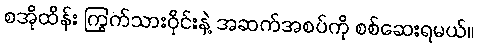
စအိုထိန်း ကြွက်သားဝိုင်းနဲ့ အဆက်အစပ်ကို စစ်ဆေးရမယ်။